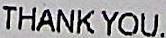
THANK YOU.